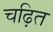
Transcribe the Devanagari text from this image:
चढ़ित